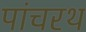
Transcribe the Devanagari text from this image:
पांचरथ